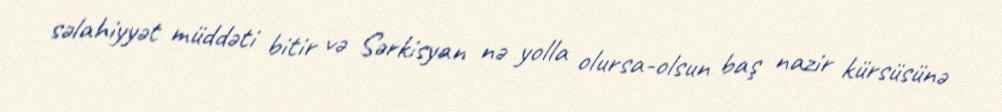
səlahiyyət müddəti bitir və Sərkisyan nə yolla olursa-olsun baş nazir kürsüsünə